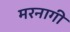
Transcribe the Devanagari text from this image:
मरनागी